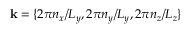
\mathbf { k } = \{ { 2 } \pi n _ { x } / L _ { y } , 2 \pi n _ { y } / L _ { y } , 2 \pi n _ { z } / L _ { z } \}